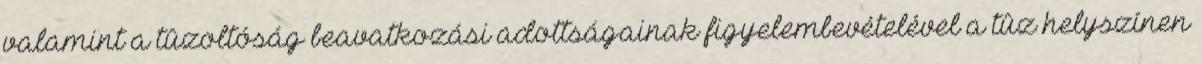
valamint a tûzoltóság beavatkozási adottságainak figyelembevételével a tûz helyszínen